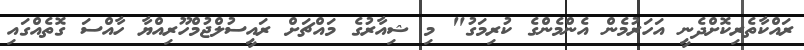
ރައްކާތެރިކޮށްދެނީ އަހަރުމެން އެންމެންގެ ކުރިމަގު" މި ޝިއާރުގެ މައްޗަށް ރައީސުލްޖުމްހޫރިއްޔާ ހާއްސަ ގޮތެއްގައި